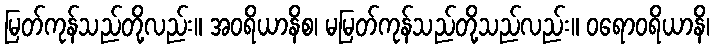
မြတ်ကုန်သည်တို့လည်း။ အဝရိယာနိစ၊ မမြတ်ကုန်သည်တို့သည်လည်း။ ဝရောဝရိယာနိ၊